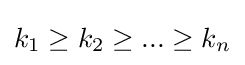
k_{1}\geq k_{2}\geq ...\geq k_{n}